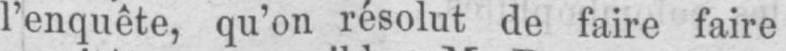
l’enquête, qu’on résolut de faire faire